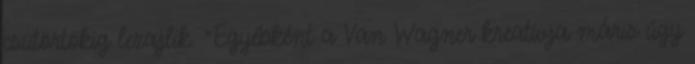
csütörtökig lezajlik. "Egyébként a Van Wagner kreatívja máris úgy